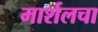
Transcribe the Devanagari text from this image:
मार्शलचा